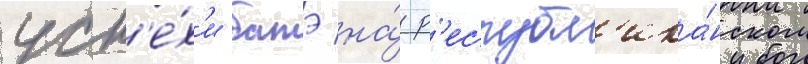
усп'е́х'и батэ на́ р'еспубл'ика́нском